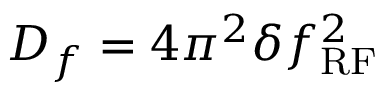
D _ { f } = 4 \pi ^ { 2 } \delta f _ { \mathrm { R F } } ^ { 2 }